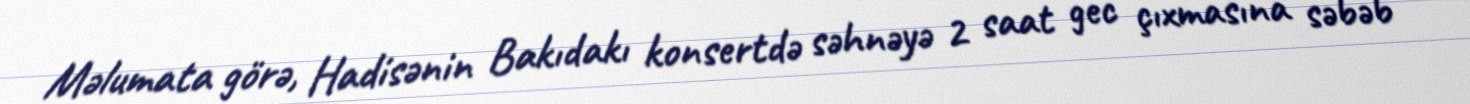
Məlumata görə, Hadisənin Bakıdakı konsertdə səhnəyə 2 saat gec çıxmasına səbəb